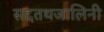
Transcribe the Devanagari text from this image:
सद्दतथजालिनी